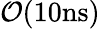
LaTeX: \mathcal{O}(10\mathrm{ns})